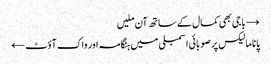
→ باجی بھی کمال کے ساتھ آن ملیں
پاناما لیکس پر صوبائی اسمبلی میں ہنگامہ اور واک آؤٹ ←